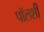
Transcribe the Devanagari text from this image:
पॉलशी